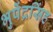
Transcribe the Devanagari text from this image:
भुपेंद्रसिंह